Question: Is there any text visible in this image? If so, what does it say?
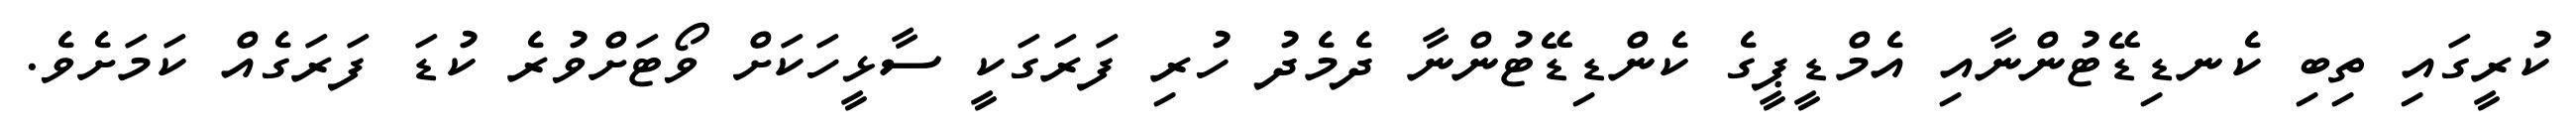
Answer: ކުރީގައި ތިބި ކެނޑިޑޭޓުންނާއި އެމްޑީޕީގެ ކެންޑިޑޭޓުންނާ ދެމެދު ހުރި ފަރަގަކީ ސާޅީހަކަށް ވޯޓަށްވުރެ ކުޑަ ފަރަގެއް ކަމަށެވެ.